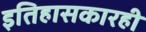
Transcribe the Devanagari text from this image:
इतिहासकारही